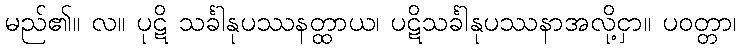
မည်၏။ လ။ ပုဋိ သင်္ခါနုပဿနတ္ထာယ၊ ပဋိသင်္ခါနုပဿနာအလို့ငှာ။ ပဝတ္တာ၊